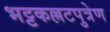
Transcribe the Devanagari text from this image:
भट्टकल्लटपुत्रेण